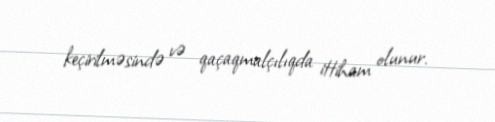
keçirilməsində və qaçaqmalçılıqda ittiham olunur.